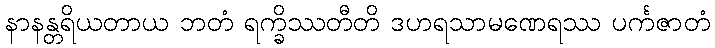
နာနန္တရိယတာယ ဘတံ ရက္ခိဿတီတိ ဒဟရသာမဏေရဿ ပင်္ကဇာတံ